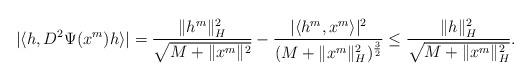
LaTeX: \begin{align*}|\langle h, D^2\Psi(x^m) h\rangle|=\frac{\|h^m\|_H^2}{\sqrt{M+\|x^m\|^2}}-\frac{|\langle h^m, x^m\rangle |^2}{(M+\|x^m\|_H^2)^{\frac32}}\le\frac{\|h\|_H^2}{\sqrt{M+\|x^m\|_H^2}}.\end{align*}